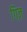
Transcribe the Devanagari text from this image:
गिज़